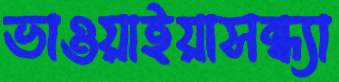
ভাওয়াইয়াসন্ধ্যা